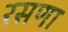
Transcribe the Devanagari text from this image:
रसणा